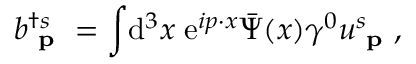
b _ { \textbf { p } } ^ { \dagger s } = \int \! \mathrm { d } ^ { 3 } x \; \mathrm { e } ^ { i p \cdot x } { \bar { \Psi } } ( x ) \gamma ^ { 0 } u _ { \textbf { p } } ^ { s } ,